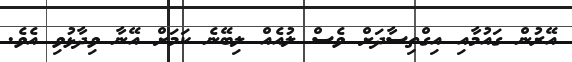
އޭރުން ގައުމާއި އިގްތިސާދަށް ވެސް ލުއެއް ލިބޭނެ ކަމަށް އޭނާ ވިދާޅުވި އެވެ.